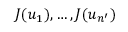
J ( u _ { 1 } ) , \ldots , J ( u _ { n ^ { \prime } } )